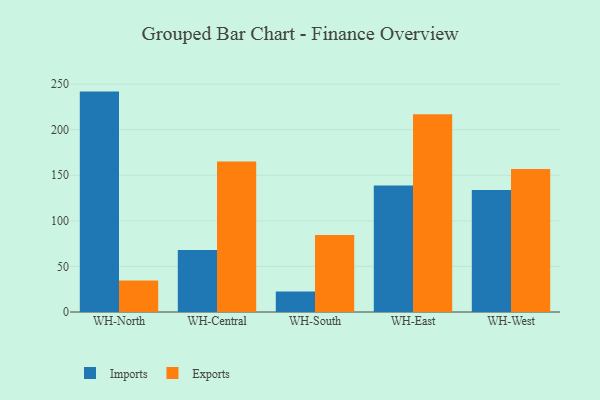
{"axis": {"x": "Warehouse", "y": "Conversion Rate (%)"}, "legend": ["Exports", "Imports"], "data": [{"x": "WH-North", "y": 241.8, "type": "Imports"}, {"x": "WH-North", "y": 34.6, "type": "Exports"}, {"x": "WH-Central", "y": 68.0, "type": "Imports"}, {"x": "WH-Central", "y": 165.1, "type": "Exports"}, {"x": "WH-South", "y": 22.4, "type": "Imports"}, {"x": "WH-South", "y": 84.6, "type": "Exports"}, {"x": "WH-East", "y": 138.7, "type": "Imports"}, {"x": "WH-East", "y": 217.0, "type": "Exports"}, {"x": "WH-West", "y": 133.8, "type": "Imports"}, {"x": "WH-West", "y": 156.9, "type": "Exports"}]}